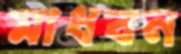
মাধবন